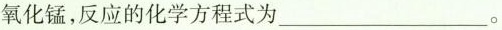
氧化锰，反应的化学方程式为___。